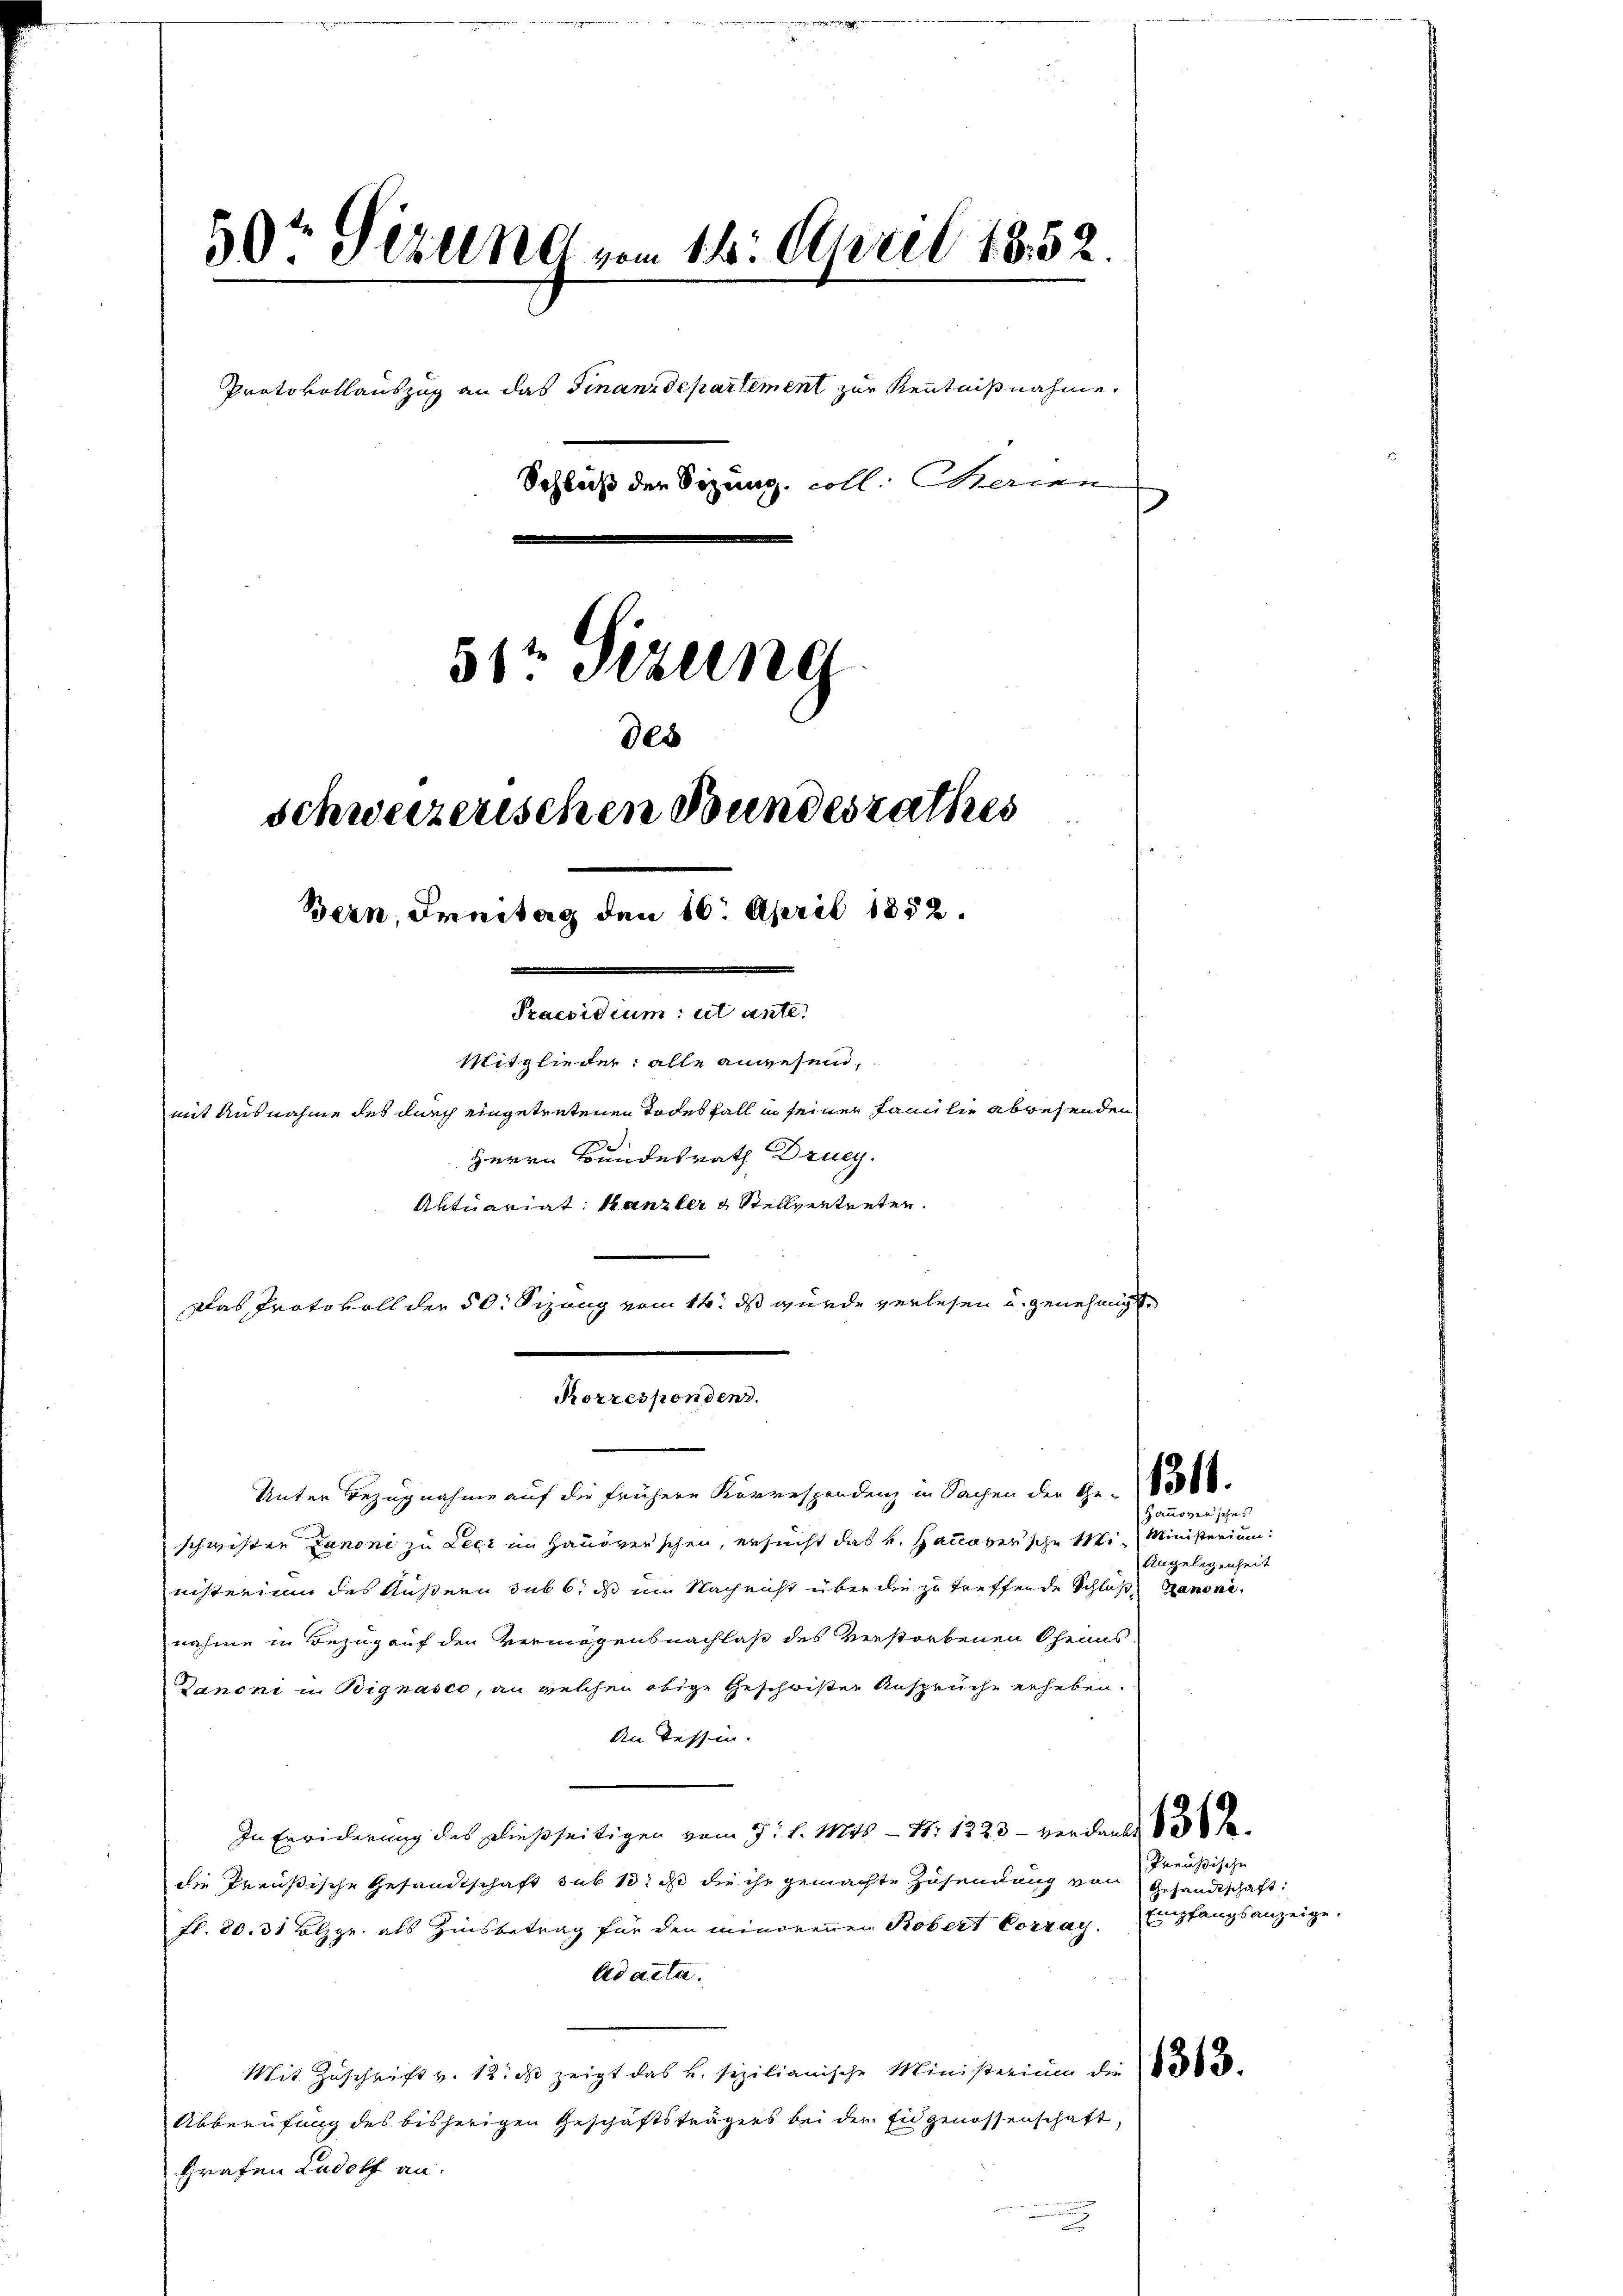
50t Sezung vom 16. April 1852.
Protokollauszug an das Finanzdepartement zur Kenntnißnahme.
Schluß der Sizung coll. Marien
5r Sizung
des
schweizerischen Bundesrathes
Bern, Innitag den 16. April 1852.
Praesidium: ut ante.
Mitglieder: alle anwesend,
mit Ausnahme des durch eingetretenen Todesfall in seiner Familie abwesenden
Herrn Bundesrath Drueg.
Aktuariat Kanzler & Stellvertreten.

Korrespendend.

Das Protokoll der 50. Sizung vom 16. ds wurde verlesen u. genehmigte

Unter Bezugnahme auf die frühere Korrespondenz in Sachen der Ge- 15000.
schwisten Janoni zu Legi im Hausverschen, ersucht das u. Hanoversche Mi- Ministerium
nisterium des Äußern sub 6. ds um Nach nicht über die zu treffende Schluß kanoninahme in Bezug auf den Vermögensnachlaß des verstorbenen Chenas
Danoni u. Bignasco, an welchen obige Geschwister Anspruche erheben.
An Tessin.
In Erwiderung des dießseitigen vom 9. l. 148 - N: 1223 - verdankt 1
die Preußische Gesandtschaft sub 13. ds die ihr gemachte Zusendung von Gesandtschaft:
fl. 80. 31 Blzgr. als Zinsbetrag für den minorenen Robert Corray. Empfangsanzeige,
Ad acta.
Mit Zŭschrift v. 12. ds zeigt das u. sizilianische Ministerium die
Abberufung des bisherigen Geschäftsträgers bei der Eidgenossenschaft,
Grafen Ludolf an:
u

Hanoverschei
Angelegenheit

Preußische